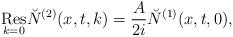
LaTeX: \begin{align*} \underset{k=0}{\rm Res}\breve{N}^{(2)}(x,t,k)=\frac{A}{2i}\breve{N}^{(1)}(x,t,0), \end{align*}